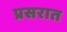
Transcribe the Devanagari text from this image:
प्रसरात